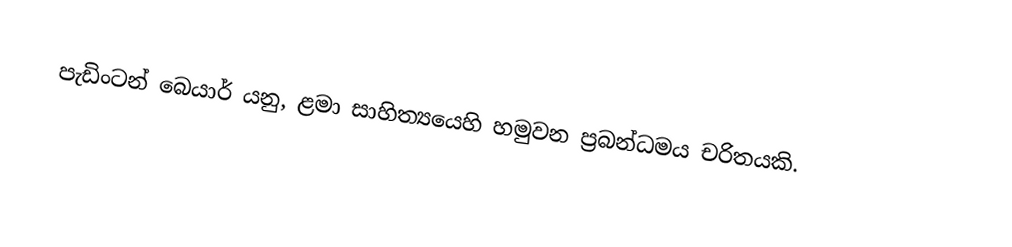
පැඩිංටන් බෙයාර් යනු,  ළමා සාහිත්‍යයෙහි හමුවන ප්‍රබන්ධමය චරිතයකි.